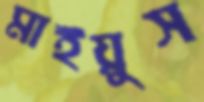
মাইয়ুস